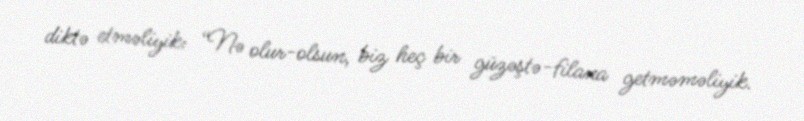
diktə etməliyik: “Nə olur-olsun, biz heç bir güzəştə-filana getməməliyik.